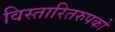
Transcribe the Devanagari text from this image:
विस्तारितरुपको